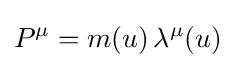
P^{\mu }=m(u)\,\lambda ^{\mu }(u)